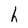
Character: h